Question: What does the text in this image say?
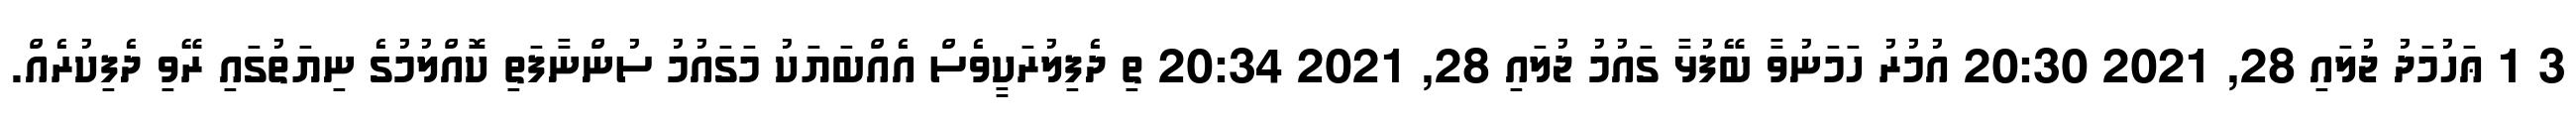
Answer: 3 1 ޢަހުމަދު ޖުލައި 28, 2021 20:30 އުމުރު ހަމަނުވާ ބޭފުޅާ ގައުމު ޖުލައި 28, 2021 20:34 ތި ދެފިލުރަކީވެސް އެއްބަޔަކު މަގައުމު ސުންނާފަތި ކޮއްލުމުގެ ނިޔަތުގައި ރޭވި ދެފިކުރެއް.